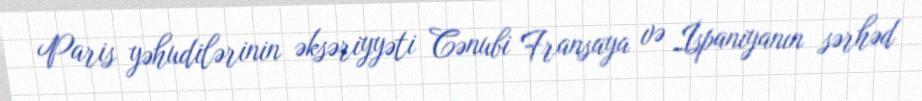
Paris yəhudilərinin əksəriyyəti Cənubi Fransaya və İspaniyanın sərhəd